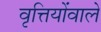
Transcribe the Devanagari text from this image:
वृत्तियोंवाले